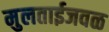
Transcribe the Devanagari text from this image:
मुलताईजवळ